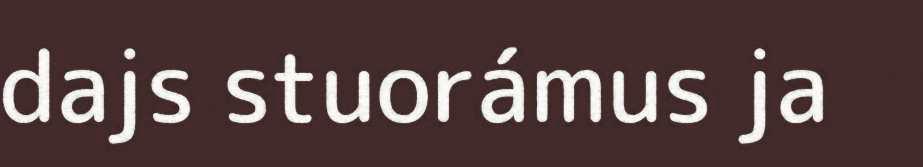
dajs stuorámus ja